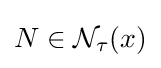
N\in {\mathcal {N}}_{\tau }(x)